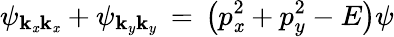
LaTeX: \psi_{\mathbf{k}_{\mathit{x}}\mathbf{k}_{\mathit{x}}}+\psi_{\mathbf{k}_{y}\mathbf{k}_{y}}\, =\, \left(p_{\mathit{x}}^{2}+p_{y}^{2}-E\right)\psi